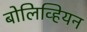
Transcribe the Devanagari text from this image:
बोलिव्हियन